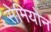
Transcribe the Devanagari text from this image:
सेमियोन